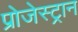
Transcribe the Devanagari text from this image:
प्रोजेस्ट्रान